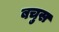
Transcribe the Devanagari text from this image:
बचुस